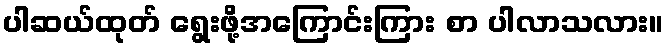
ပါဆယ်ထုတ် ရွေးဖို့အကြောင်းကြား စာ ပါလာသလား။